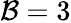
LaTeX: \mathcal{B}=3